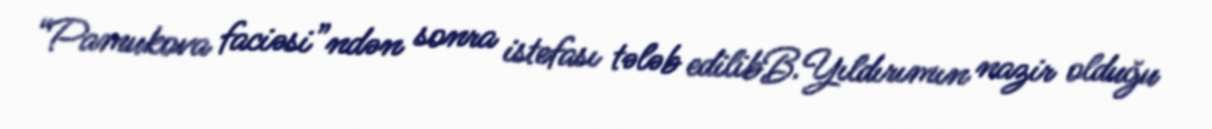
“Pamukova faciəsi”ndən sonra istefası tələb edilibB.Yıldırımın nazir olduğu